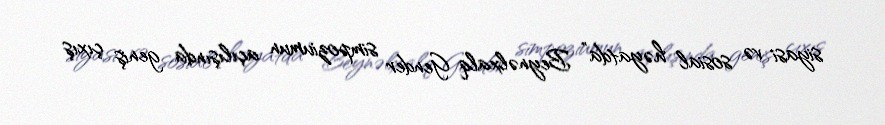
siyasi və sosial həyatda” Beynəlxalq Gender simpoziumun açılışında geniş çıxış